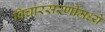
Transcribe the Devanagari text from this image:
विचारसरणींमध्ये